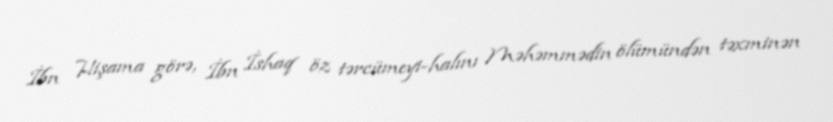
İbn Hişama görə, İbn İshaq öz tərcümeyi-halını Məhəmmədin ölümündən təxminən